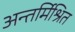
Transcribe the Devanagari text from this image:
अन्तर्मिश्रित